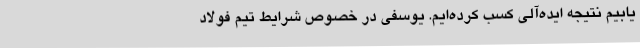
یابیم نتیجه ایده‌آلی کسب کرده‌ایم. یوسفی در خصوص شرایط تیم فولاد